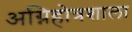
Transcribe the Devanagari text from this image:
अग्निहोत्रशाला